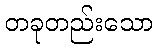
တခုတည်းသော